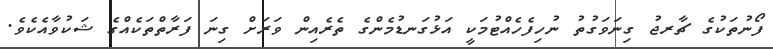
ފޯނުތަކުގެ ޗާރޖު ގިނަވަގުތު ނުހިފެހެއްޓުމަކީ އަޅުގަނޑުމެންގެ ތެެރެއިން ވަރަށް ގިިނަ ފަަރާތްތަކެއްގެ ޝަކުވާއެކެވެ.